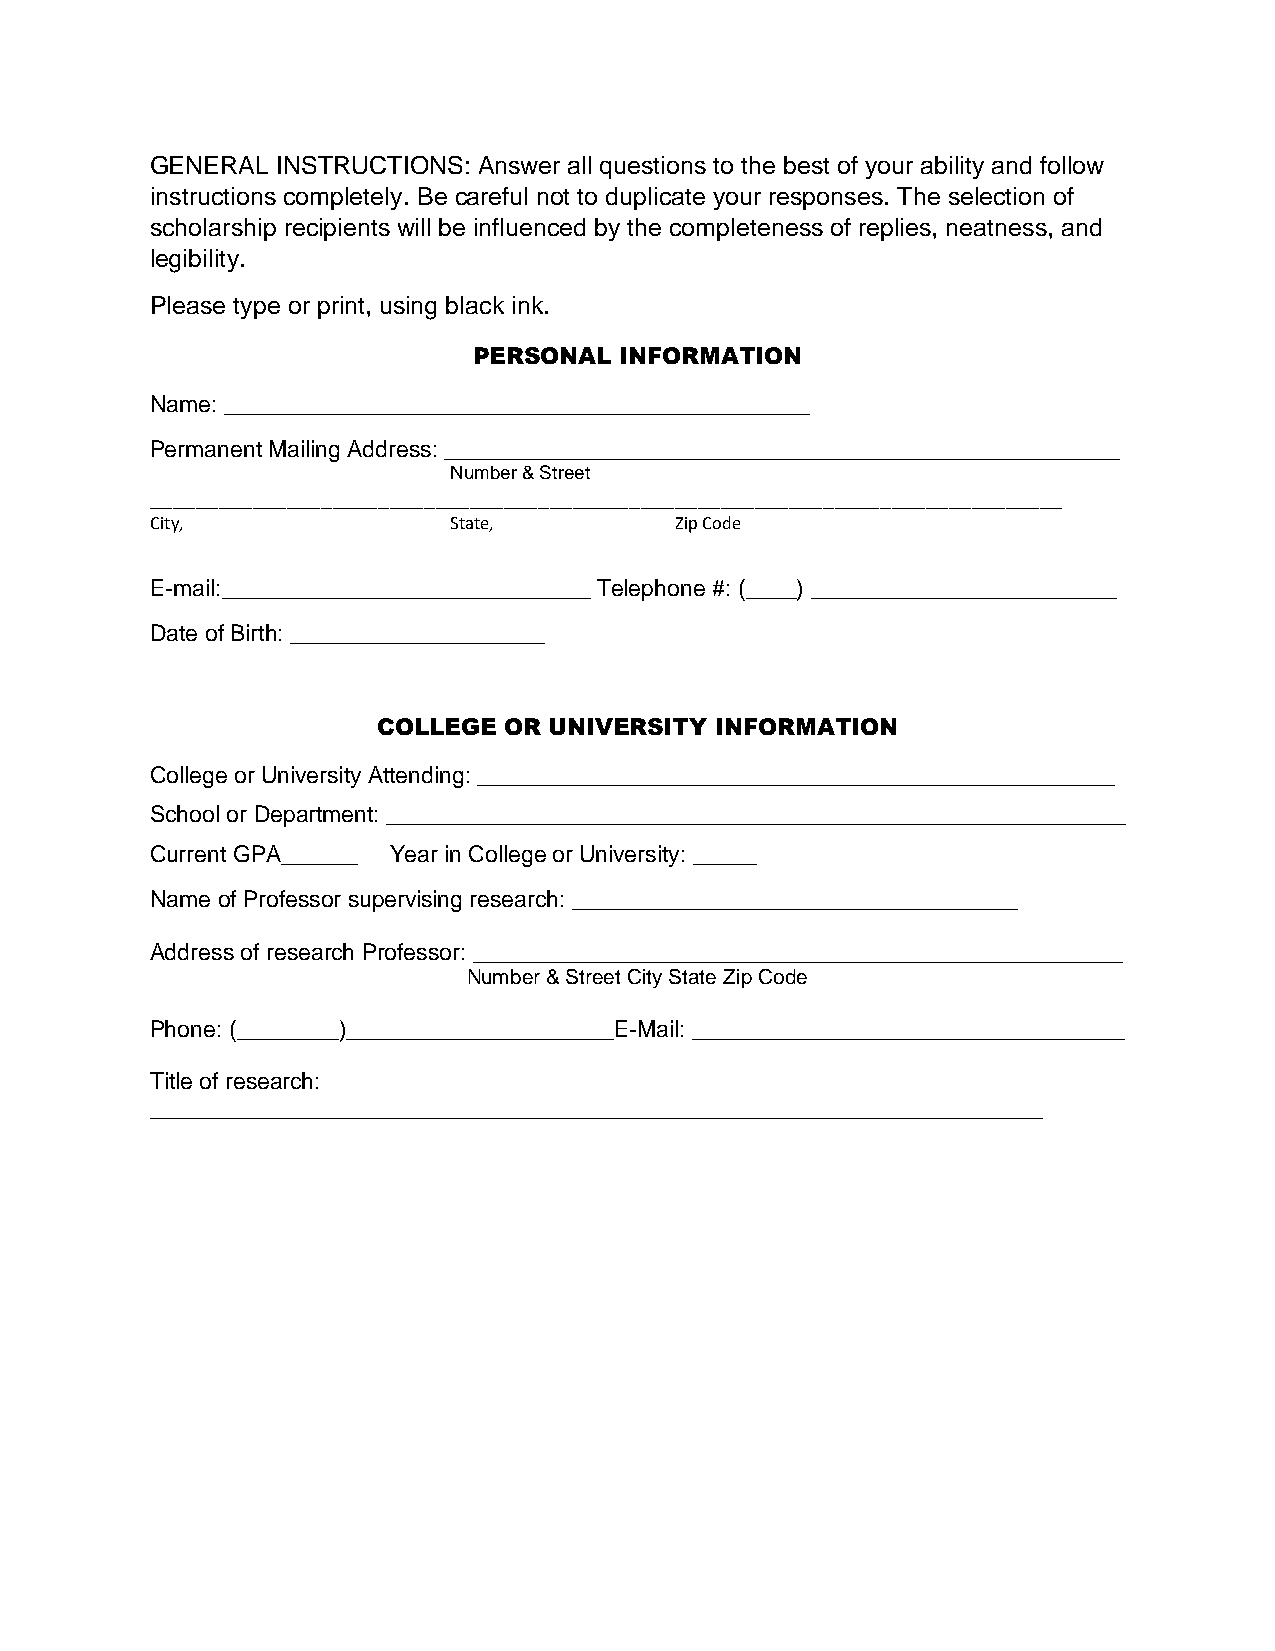
GENERAL INSTRUCTIONS: Answer all questions to the best of your ability and follow
 instructions completely. Be careful not to duplicate your responses. The selection of
 scholarship recipients will be influenced by the completeness of replies, neatness, and
 legibility.
 Please type or print, using black ink.
 PERSONAL  INFORMATION
 Name: ______________________________________________
 Permanent Mailing Address: _____________________________________________________
 Number & Street
 ________________________________________________________________________________
 City,               State,         Zip Code
 E-mail:_____________________________ Telephone #: (____) ________________________
 Date of Birth: ____________________
 COLLEGE OR UNIVERSITY INFORMATION
 College or University Attending: __________________________________________________
 School or Department: __________________________________________________________
 Current GPA______ Year in College or University: _____
 Name of Professor supervising research: ___________________________________
 Address of research Professor: ___________________________________________________
 Number & Street City State Zip Code
 Phone: (________)_____________________E-Mail: __________________________________
 Title of research:
 ______________________________________________________________________